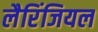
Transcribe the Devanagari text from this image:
लैरिंजियल